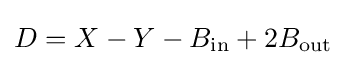
D=X-Y-B_{\text{in}}+2B_{\text{out}}